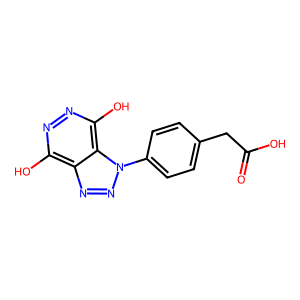
SMILES: O=C(O)Cc1ccc(-n2nnc3c(O)nnc(O)c32)cc1
Inhibits HIV replication: No